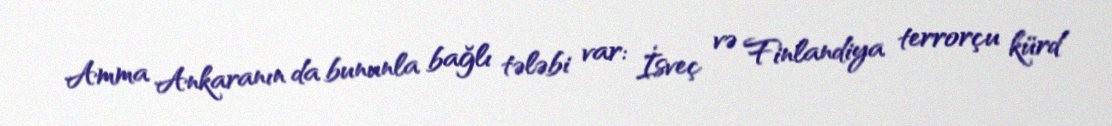
Amma Ankaranın da bununla bağlı tələbi var: İsveç və Finlandiya terrorçu kürd